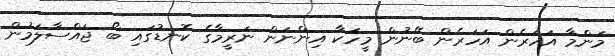
މަންމާ އަހަރެން އަހަރެން ބޭނުން މީހަކާ އިންނަން ނަރީމާގެ ކޮނޑުގައި ބޯ ޖައްސާލަމުން